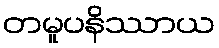
တမူပနိဿာယ